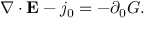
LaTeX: \nabla \cdot { \bf E } - j _ { 0 } = - \partial _ { 0 } G .